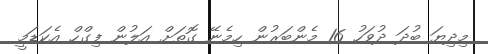
މިދިޔަ ބުދަ ދުވަހު 16 މެންބަރުން ހިމެނޭ ގޮތަށް އަލުން ފިގްހް އެކަޑަމީ